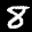
Label: 8